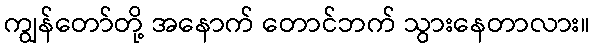
ကျွန်တော်တို့ အနောက် တောင်ဘက် သွားနေတာလား။